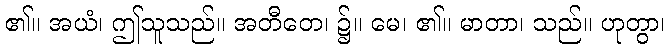
၏။ အယံ၊ ဤသူသည်။ အတီတေ၊ ၌။ မေ၊ ၏။ မာတာ၊ သည်။ ဟုတွာ၊